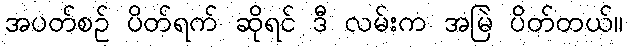
အပတ်စဉ် ပိတ်ရက် ဆိုရင် ဒီ လမ်းက အမြဲ ပိတ်တယ်။